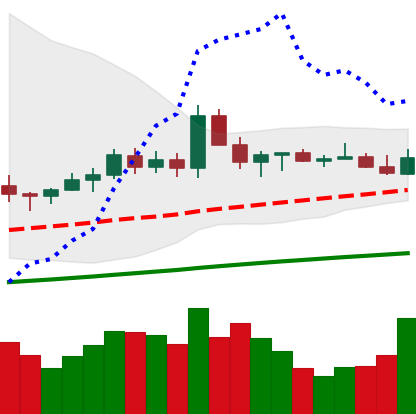
Ticker: ETC-USD
Chart end date: 2021-03-23
Forward return: -3.611%
Label: down_3_5